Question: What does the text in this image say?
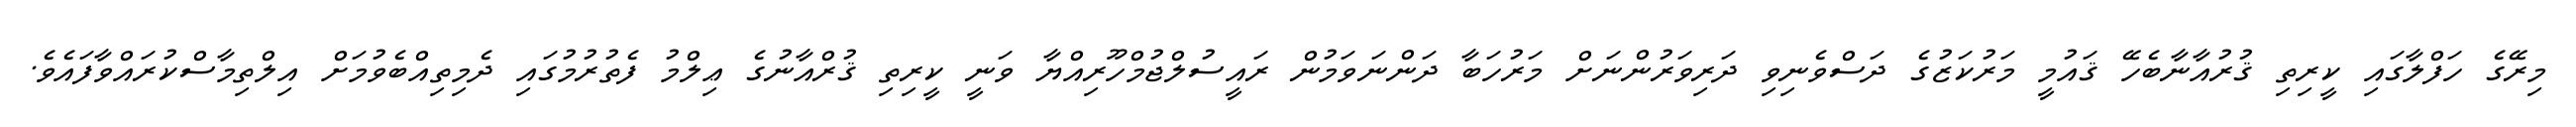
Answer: މިރޭގެ ހަފްލާގައި ކީރިތި ޤުރުއާނާބެހޭ ޤައުމީ މަރުކަޒުގެ ދަސްވެނިވި ދަރިވަރުންނަށް މަރުހަބާ ދަންނަވަމުން ރައީސުލްޖުމްހޫރިއްޔާ ވަނީ ކީރިތި ޤުރްއާނުގެ ޢިލްމު ފެތުރުމުގައި ދެމިތިއްބެވުމަށް އިލްތިމާސްކުރައްވާފައެވެ.